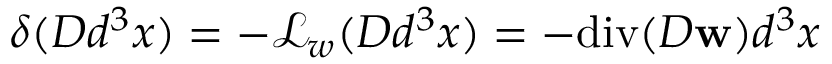
\delta ( D d ^ { 3 } x ) = - \mathcal { L } _ { w } ( D d ^ { 3 } x ) = - \mathrm { d i v } ( D \mathbf { w } ) d ^ { 3 } x